Indian journal of veterinary science and animal husbandry - Volumes 15-17, 1948-1951
Year: 1948
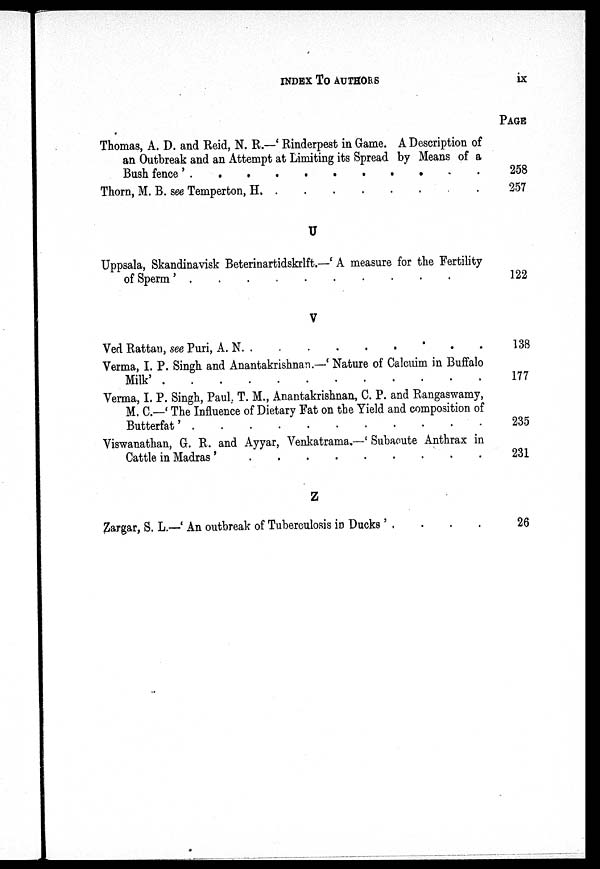
INDEX TO AUTHORS
ix
Thomas, A. D. and Reid, N. R.—'Rinderpest in Game. A Description of
an Outbreak and an Attempt at Limiting its Spread by Means of a
Bush fence' . . . . . . . .
Thorn, M. B. see Temperton, H.
.
.
.
.
.
.
.
.
U
Uppsala, Skandinavisk Beterinartidskrlft.—'A measure for the Fertility
of
Sperm'.
.
.
.
.
.
.
.
.
V
Ved Rattan, see Puri, A. N. . . . . . . . .
Verma, I. P. Singh and Anantakrishnan.—'Nature of Calcuim in Buffalo
Milk'.
.
.
.
.
.
.
.
.
Verma, I. P. Singh, Paul. T. M., Anantakrishnan, C. P. and Rangaswamy,
M. C.—'The Influence of Dietary Fat on the Yield and composition of
Butterfat'.
.
.
.
.
.
.
.
.
Viswanathan, G. R. and Ayyar, Venkatrama.—'Subacute Anthrax in
Cattle in Madras'
.
.
.
.
.
.
.
.
.
Z
Zargar, S. L.—'An outbreak of Tuberculosis in Ducks' . . . .
PAGE
258
257
122
138
177
235
231
26